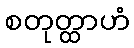
စတုတ္ထာဟံ